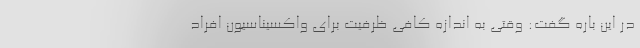
در این باره گفت: وقتی به اندازه کافی ظرفیت برای واکسیناسیون افراد